Indian journal of veterinary science and animal husbandry - Volume 10,
Year: 1940
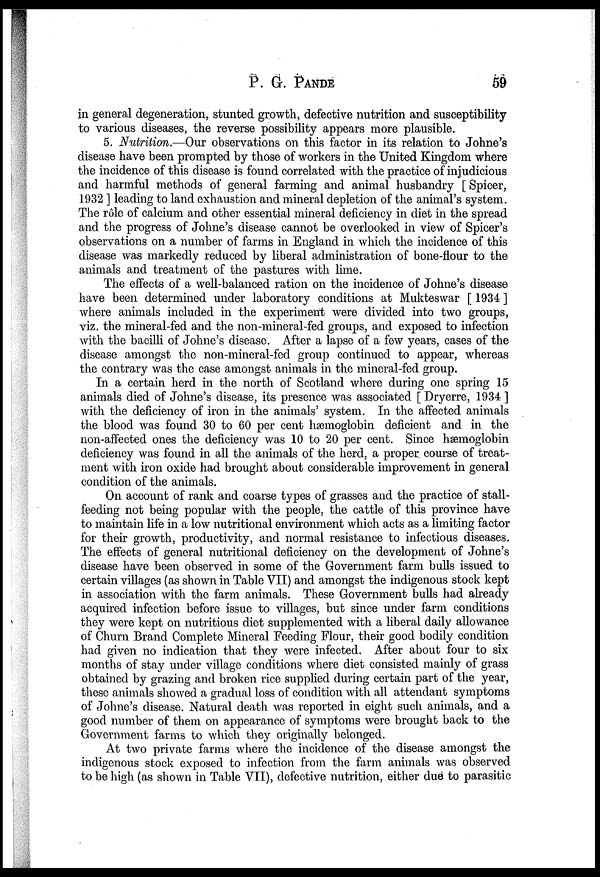
P. G.
PANDE
59
in general degeneration, stunted growth, defective nutrition and susceptibility
to various diseases, the reverse possibility appears more plausible.
5. Nutrition.—Our observations on this factor in its relation to Johne's
disease have been prompted by those of workers in the United Kingdom where
the incidence of this disease is found correlated with the practice of injudicious
and harmful methods of general farming and animal husbandry [ Spicer,
1932 ] leading to land exhaustion and mineral depletion of the animal's system.
The rôle of calcium and other essential mineral deficiency in diet in the spread
and the progress of Johne's disease cannot be overlooked in view of Spicer's
observations on a number of farms in England in which the incidence of this
disease was markedly reduced by liberal administration of bone-flour to the
animals and treatment of the pastures with lime.
The effects of a well-balanced ration on the incidence of Johne's disease
have been determined under laboratory conditions at Mukteswar [ 1934 ]
where animals included in the experiment were divided into two groups,
viz. the mineral-fed and the non-mineral-fed groups, and exposed to infection
with the bacilli of Johne's disease. After a lapse of a few years, cases of the
disease amongst the non-mineral-fed group continued to appear, whereas
the contrary was the case amongst animals in the mineral-fed group.
In a certain herd in the north of Scotland where during one spring 15
animals died of Johne's disease, its presence was associated [ Dryerre, 1934 ]
with the deficiency of iron in the animals' system. In the affected animals
the blood was found 30 to 60 per cent hæmoglobin deficient and in the
non-affected ones the deficiency was 10 to 20 per cent. Since hæmoglobin
deficiency was found in all the animals of the herd, a proper course of treat-
ment with iron oxide had brought about considerable improvement in general
condition of the animals.
On account of rank and coarse types of grasses and the practice of stall-
feeding not being popular with the people, the cattle of this province have
to maintain life in a low nutritional environment which acts as a limiting factor
for their growth, productivity, and normal resistance to infectious diseases.
The effects of general nutritional deficiency on the development of Johne's
disease have been observed in some of the Government farm bulls issued to
certain villages (as shown in Table VII) and amongst the indigenous stock kept
in association with the farm animals. These Government bulls had already
acquired infection before issue to villages, but since under farm conditions
they were kept on nutritious diet supplemented with a liberal daily allowance
of Churn Brand Complete Mineral Feeding Flour, their good bodily condition
had given no indication that they were infected. After about four to six
months of stay under village conditions where diet consisted mainly of grass
obtained by grazing and broken rice supplied during certain part of the year,
these animals showed a gradual loss of condition with all attendant symptoms
of Johne's disease. Natural death was reported in eight such animals, and a
good number of them on appearance of symptoms were brought back to the
Government farms to which they originally belonged.
At two private farms where the incidence of the disease amongst the
indigenous stock exposed to infection from the farm animals was observed
to be high (as shown in Table VII), defective nutrition, either due to parasitic